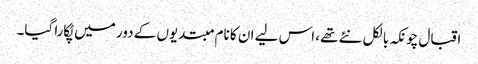
اقبال چونکہ بالکل نئے تھے، اس لیے ان کا نام مبتدیوں کے دور میں پُکارا گیا۔